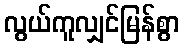
လွယ်ကူလျှင်မြန်စွာ